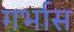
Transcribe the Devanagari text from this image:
गर्भास